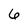
Character: 6